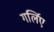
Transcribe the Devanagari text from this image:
गर्लिए